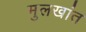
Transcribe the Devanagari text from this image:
मुलखांत